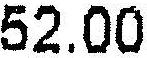
52.00